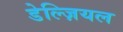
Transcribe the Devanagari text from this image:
डेल्ज़ियल